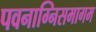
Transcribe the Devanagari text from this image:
पवनाग्निसमागम